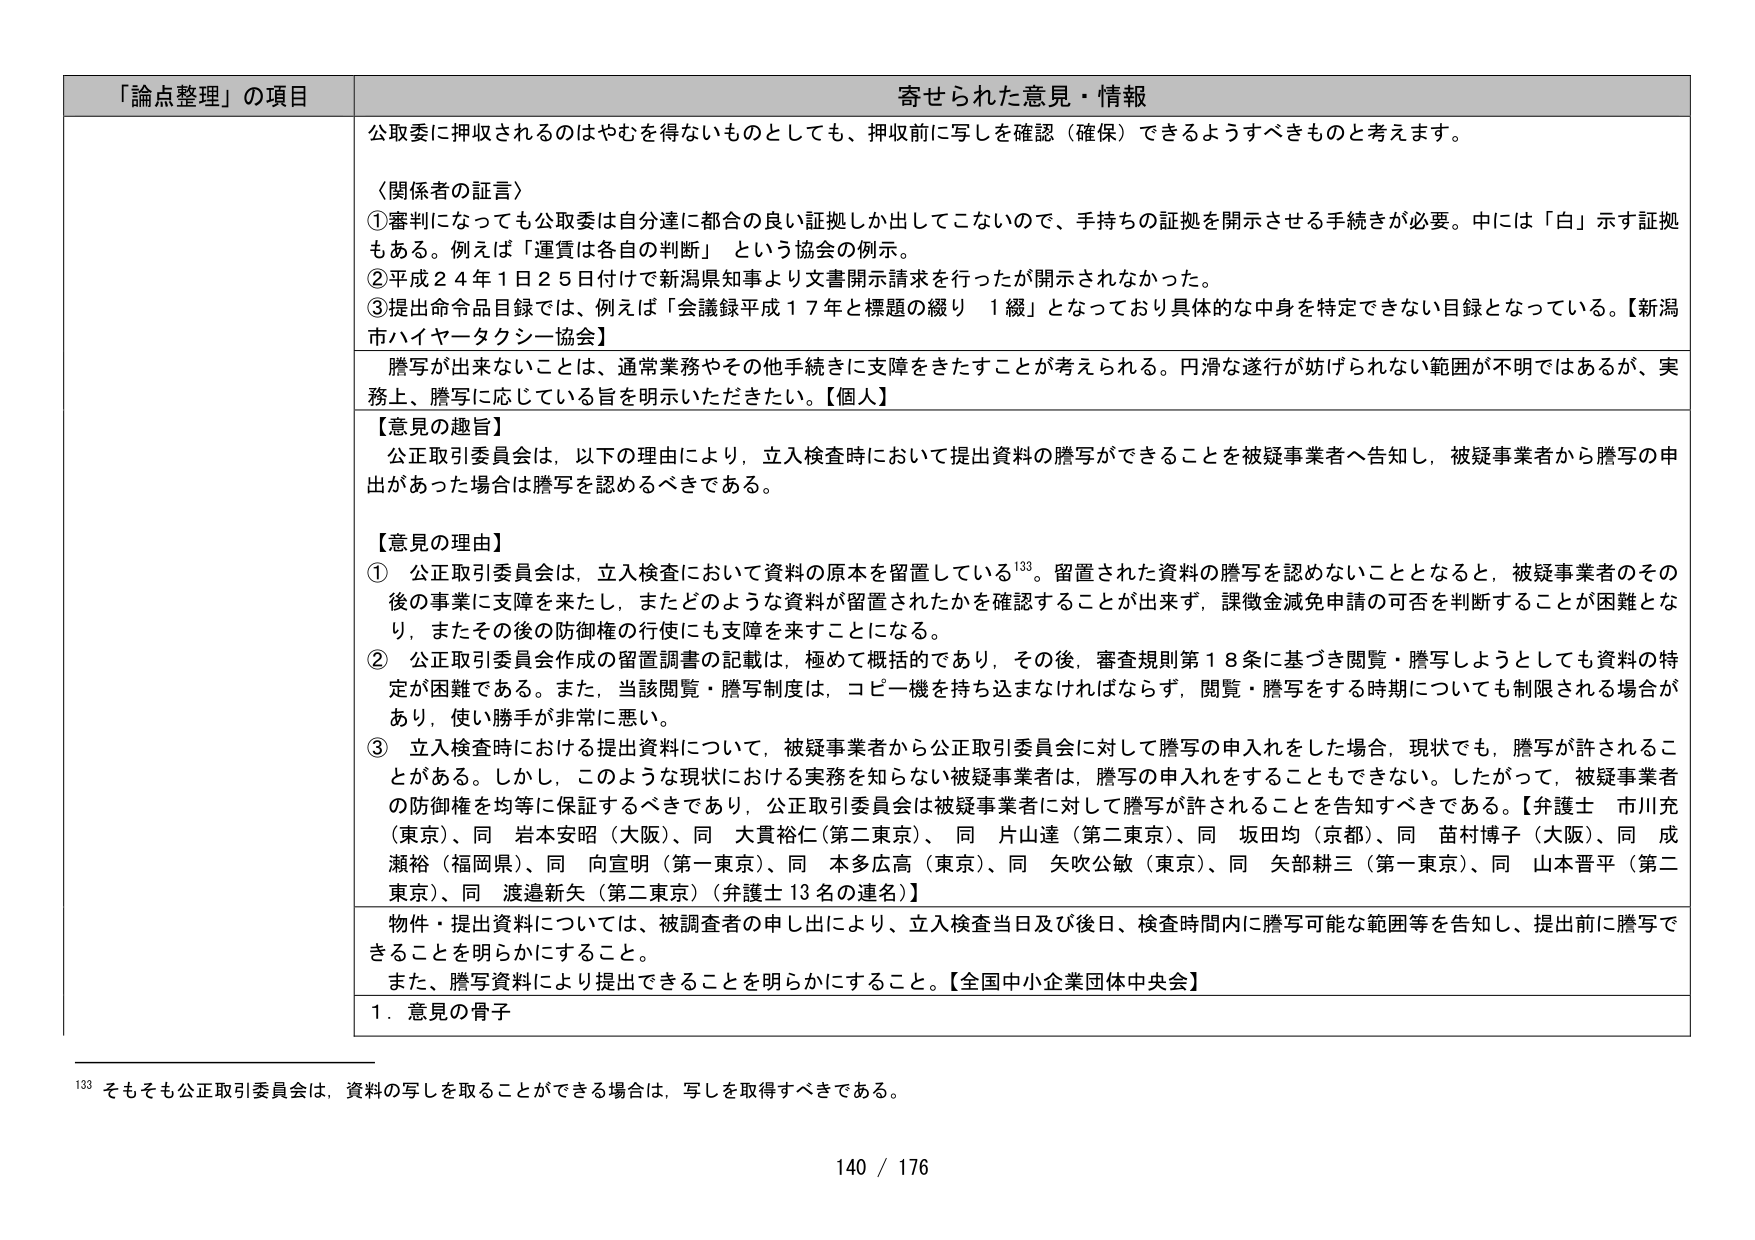
「論点整理」の項目 寄せられた意見・情報

公取委に押収されるのはやむを得ないものとしても、押収前に写しを確認（確保）できるようすべきものと考えます。

〈関係者の証言〉
①審判になっても公取委は自分達に都合の良い証拠しか出してこないので、手持ちの証拠を開示させる手続きが必要。中には「白」示す証拠もある。例えば「運賃は各自の判断」という協会の例示。
②平成２４年１月２５日付けで新潟県知事より文書開示請求を行ったが開示されなかった。
③提出命令品目録では、例えば「会議録平成１７年と標題の綴り １綴」となっており具体的な中身を特定できない目録となっている。【新潟市ハイヤータクシー協会】

謄写が出来ないことは、通常業務やその他手続きに支障をきたすことが考えられる。円滑な遂行が妨げられない範囲が不明ではあるが、実務上、謄写に応じている旨を明示いただきたい。【個人】

【意見の趣旨】
公正取引委員会は、以下の理由により、立入検査時において提出資料の謄写ができることを被疑事業者へ告知し、被疑事業者から謄写の申出があった場合は謄写を認めるべきである。

【意見の理由】
① 公正取引委員会は、立入検査において資料の原本を留置している133。留置された資料の謄写を認めないこととなると、被疑事業者のその後の事業に支障を来たし、またどのような資料が留置されたかを確認することが出来ず、課徴金減免申請の可否を判断することが困難となり、またその後の防御権の行使にも支障を来すことになる。
② 公正取引委員会作成の留置調書の記載は、極めて概括的であり、その後、審査規則第１８条に基づき閲覧・謄写しようとしても資料の特定が困難である。また、当該閲覧・謄写制度は、コピー機を持ち込まなければならず、閲覧・謄写をする時期についても制限される場合があり、使い勝手が非常に悪い。
③ 立入検査時における提出資料について、被疑事業者から公正取引委員会に対して謄写の申入れをした場合、現状でも、謄写が許されることがある。しかし、このような現状における実務を知らない被疑事業者は、謄写の申入れをすることもできない。したがって、被疑事業者の防御権を均等に保証するべきであり、公正取引委員会は被疑事業者に対して謄写が許されることを告知すべきである。【弁護士 市川充（東京）、同 岩本安昭（大阪）、同 大貫裕仁（第二東京）、同 片山達（第二東京）、同 坂田均（京都）、同 苗村博子（大阪）、同 成瀬裕（福岡県）、同 向宣明（第一東京）、同 本多広高（東京）、同 矢吹公敏（東京）、同 矢部耕三（第一東京）、同 山本晋平（第二東京）、同 渡邉新矢（第二東京）（弁護士13名の連名）】

物件・提出資料については、被調査者の申し出により、立入検査当日及び後日、検査時間内に謄写可能な範囲等を告知し、提出前に謄写できることを明らかにすること。
また、謄写資料により提出できることを明らかにすること。【全国中小企業団体中央会】

１．意見の骨子

133 そもそも公正取引委員会は、資料の写しを取ることができる場合は、写しを取得すべきである。

140 / 176